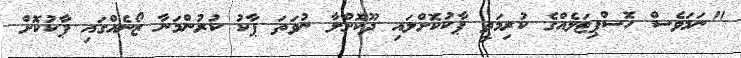
"ނަމަވެސް ހޮސްޕިޓަލެއްގެ ކުރިމަތީ ޕާކުކޮށްލައި ދޫކޮށްލާ ނުވަތަ ޕާކު ކުރުންމަނާ ޒޯނެއްގައި ޕާކުކޮށް